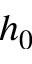
h _ { 0 }